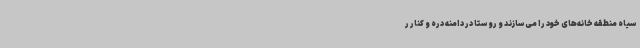
سیاه منطقه خانه‌های خود را می‌سازند و روستا در دامنه دره و کنار ر